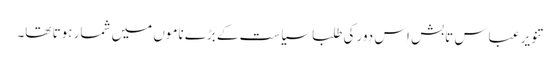
تنویر عباس تابش اس دور کی طلبا سیاست کے بڑے ناموں میں شمار ہوتا تھا۔